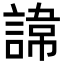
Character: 𮘪